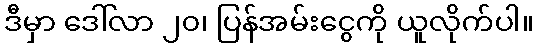
ဒီမှာ ဒေါ်လာ ၂၀၊ ပြန်အမ်းငွေကို ယူလိုက်ပါ။